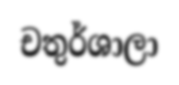
චතුර්ශාලා